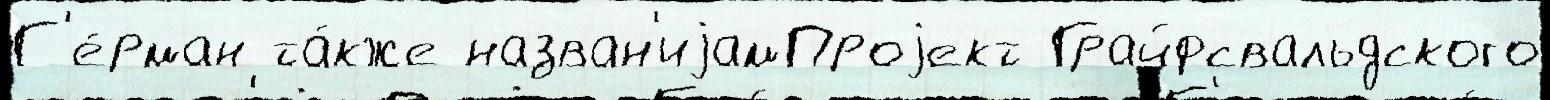
Г'е́рман та́кже назван'иjамПроjект Грайфсвальдского